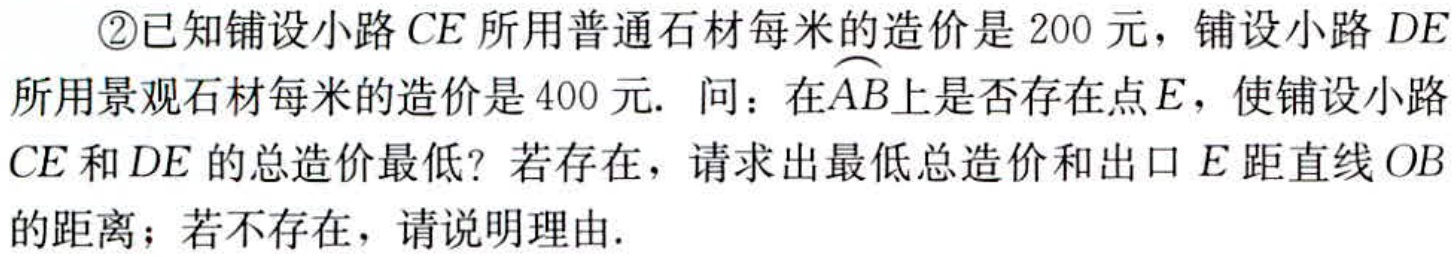
\textcircled{2}已知铺设小路\(CE\)所用普通石材每米的造价是\(200\)元，铺设小路\(DE\)所用景观石材每米的造价是\(400\)元. 问：在\(\overset{\frown}{AB}\)上是否存在点\(E\)，使铺设小路\(CE\)和\(DE\)的总造价最低？若存在，请求出最低总造价和出口\(E\)距直线\(OB\)的距离；若不存在，请说明理由.